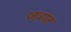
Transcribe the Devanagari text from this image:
जत्रांत